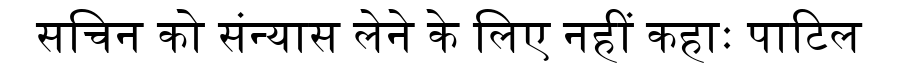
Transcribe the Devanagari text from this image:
सचिन को संन्यास लेने के लिए नहीं कहाः पाटिल